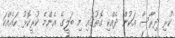
ކުރި ދިރާސާ އަކުން ދެއްކި ގޮތުގައި މި ބަލީގެ އެންމެ ކުރީކޮޅު ހައެއްކަ